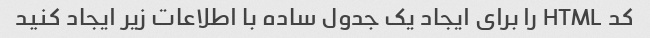
کد HTML را برای ایجاد یک جدول ساده با اطلاعات زیر ایجاد کنید